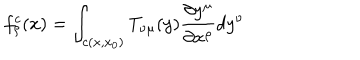
LaTeX: f _ { \rho } ^ { c } ( x ) = \int _ { c ( x , x _ { 0 } ) } T _ { \nu \mu } ( y ) \frac { \partial y ^ { \mu } } { \partial x ^ { \rho } } d y ^ { \nu }